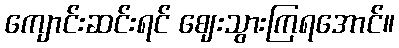
ကျောင်းဆင်းရင် ဈေးသွားကြရအောင်။